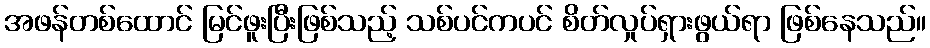
အဖန်တစ်ထောင် မြင်ဖူးပြီးဖြစ်သည့် သစ်ပင်ကပင် စိတ်လှုပ်ရှားဖွယ်ရာ ဖြစ်နေသည်။